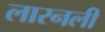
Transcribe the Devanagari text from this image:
लारनली